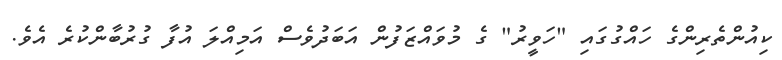
ކިއުންތެރިންގެ ހައްގުގައި "ހަވީރު" ގެ މުވައްޒަފުން އަބަދުވެސް އަމިއްލަ އުފާ ގުރުބާންކުރެ އެވެ.